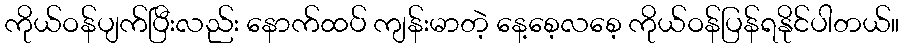
ကိုယ်ဝန်ပျက်ပြီးလည်း နောက်ထပ် ကျန်းမာတဲ့ နေ့စေ့လစေ့ ကိုယ်ဝန်ပြန်ရနိုင်ပါတယ်။